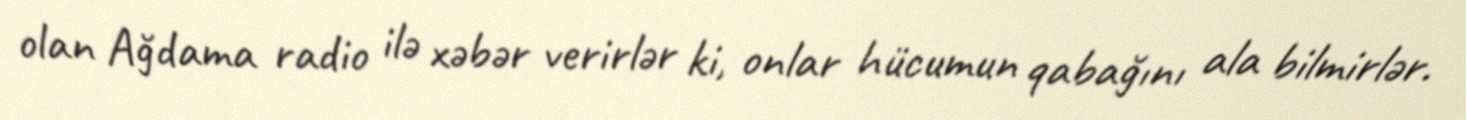
olan Ağdama radio ilə xəbər verirlər ki, onlar hücumun qabağını ala bilmirlər.